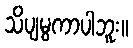
သိပျမွကာပါဘူး။